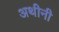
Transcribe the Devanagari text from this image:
अथीनी